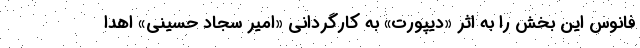
فانوس این بخش را به اثر «دیپورت» به کارگردانی «امیر سجاد حسینی» اهدا